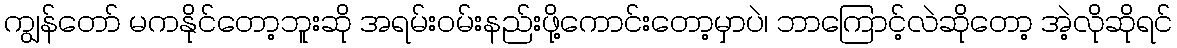
ကျွန်တော် မကနိုင်တော့ဘူးဆို အရမ်းဝမ်းနည်းဖို့ကောင်းတော့မှာပဲ၊ ဘာကြောင့်လဲဆိုတော့ အဲ့လိုဆိုရင်